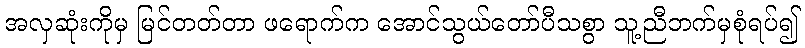
အလှဆုံးကိုမှ မြင်တတ်တာ ဖရောက်က အောင်သွယ်တော်ပီသစွာ သူ့ညီဘက်မှစုံရပ်၍